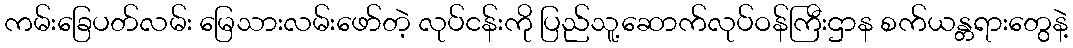
ကမ်းခြေပတ်လမ်း မြေသားလမ်းဖော်တဲ့ လုပ်ငန်းကို ပြည်သူ့ဆောက်လုပ်ဝန်ကြီးဌာန စက်ယန္တရားတွေနဲ့